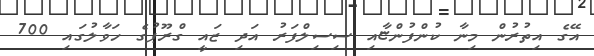
އޭގެ އިތުރުން މިނާ ކުންފުންޏާއި ސިސިލްފަރު އަދި ޒައީ ގްރޫޕުގެ ހަވާލުގައި 700